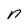
Character: n